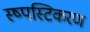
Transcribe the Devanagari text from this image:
स्ष्पस्टिकरण